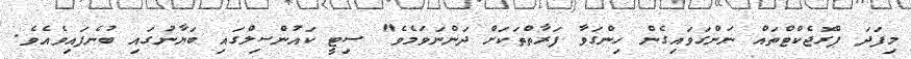
މިފަދަ ޕްރޮޖެކްޓްތައް ނަންގަވައިގެން ހިންގަވާ ފަރާތްތަކަށް ދަންނަވަމެވެ" ސިޓީ ކައުންސިލްގައި ބަޔާނުގައި ބުނެފައިވެއެވެ.